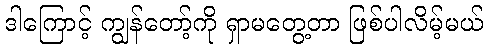
ဒါကြောင့် ကျွန်တော့်ကို ရှာမတွေ့တာ ဖြစ်ပါလိမ့်မယ်